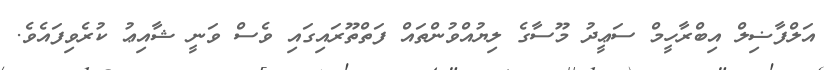
އަލްފާޟިލް އިބްރާހީމް ސަޢީދު މޫސާގެ ލިޔުއްވުންތައް ފަތްތޫރައިގައި ވެސް ވަނީ ޝާއިޢު ކުރެވިފައެވެ.